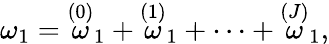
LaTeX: \omega_{1}=\stackrel{\left(0\right)}{\omega}_{1}+\stackrel{\left(1\right)}{\omega}_{1}+\cdots+\stackrel{\left(J\right)}{\omega}_{1},